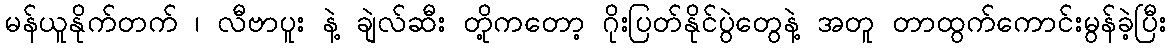
မန်ယူနိုက်တက် ၊ လီဗာပူး နဲ့ ချဲလ်ဆီး တို့ကတော့ ဂိုးပြတ်နိုင်ပွဲတွေနဲ့ အတူ တာထွက်ကောင်းမွန်ခဲ့ပြီး